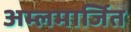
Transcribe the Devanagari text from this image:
अम्लमार्जित